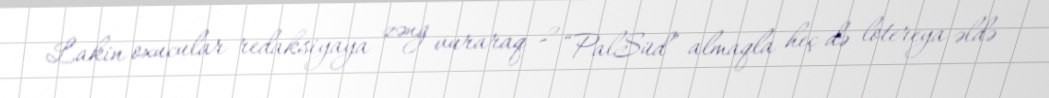
Lakin oxucular redaksiyaya zəng vuraraq 2 “PalSüd” almaqla heç də lotereya əldə